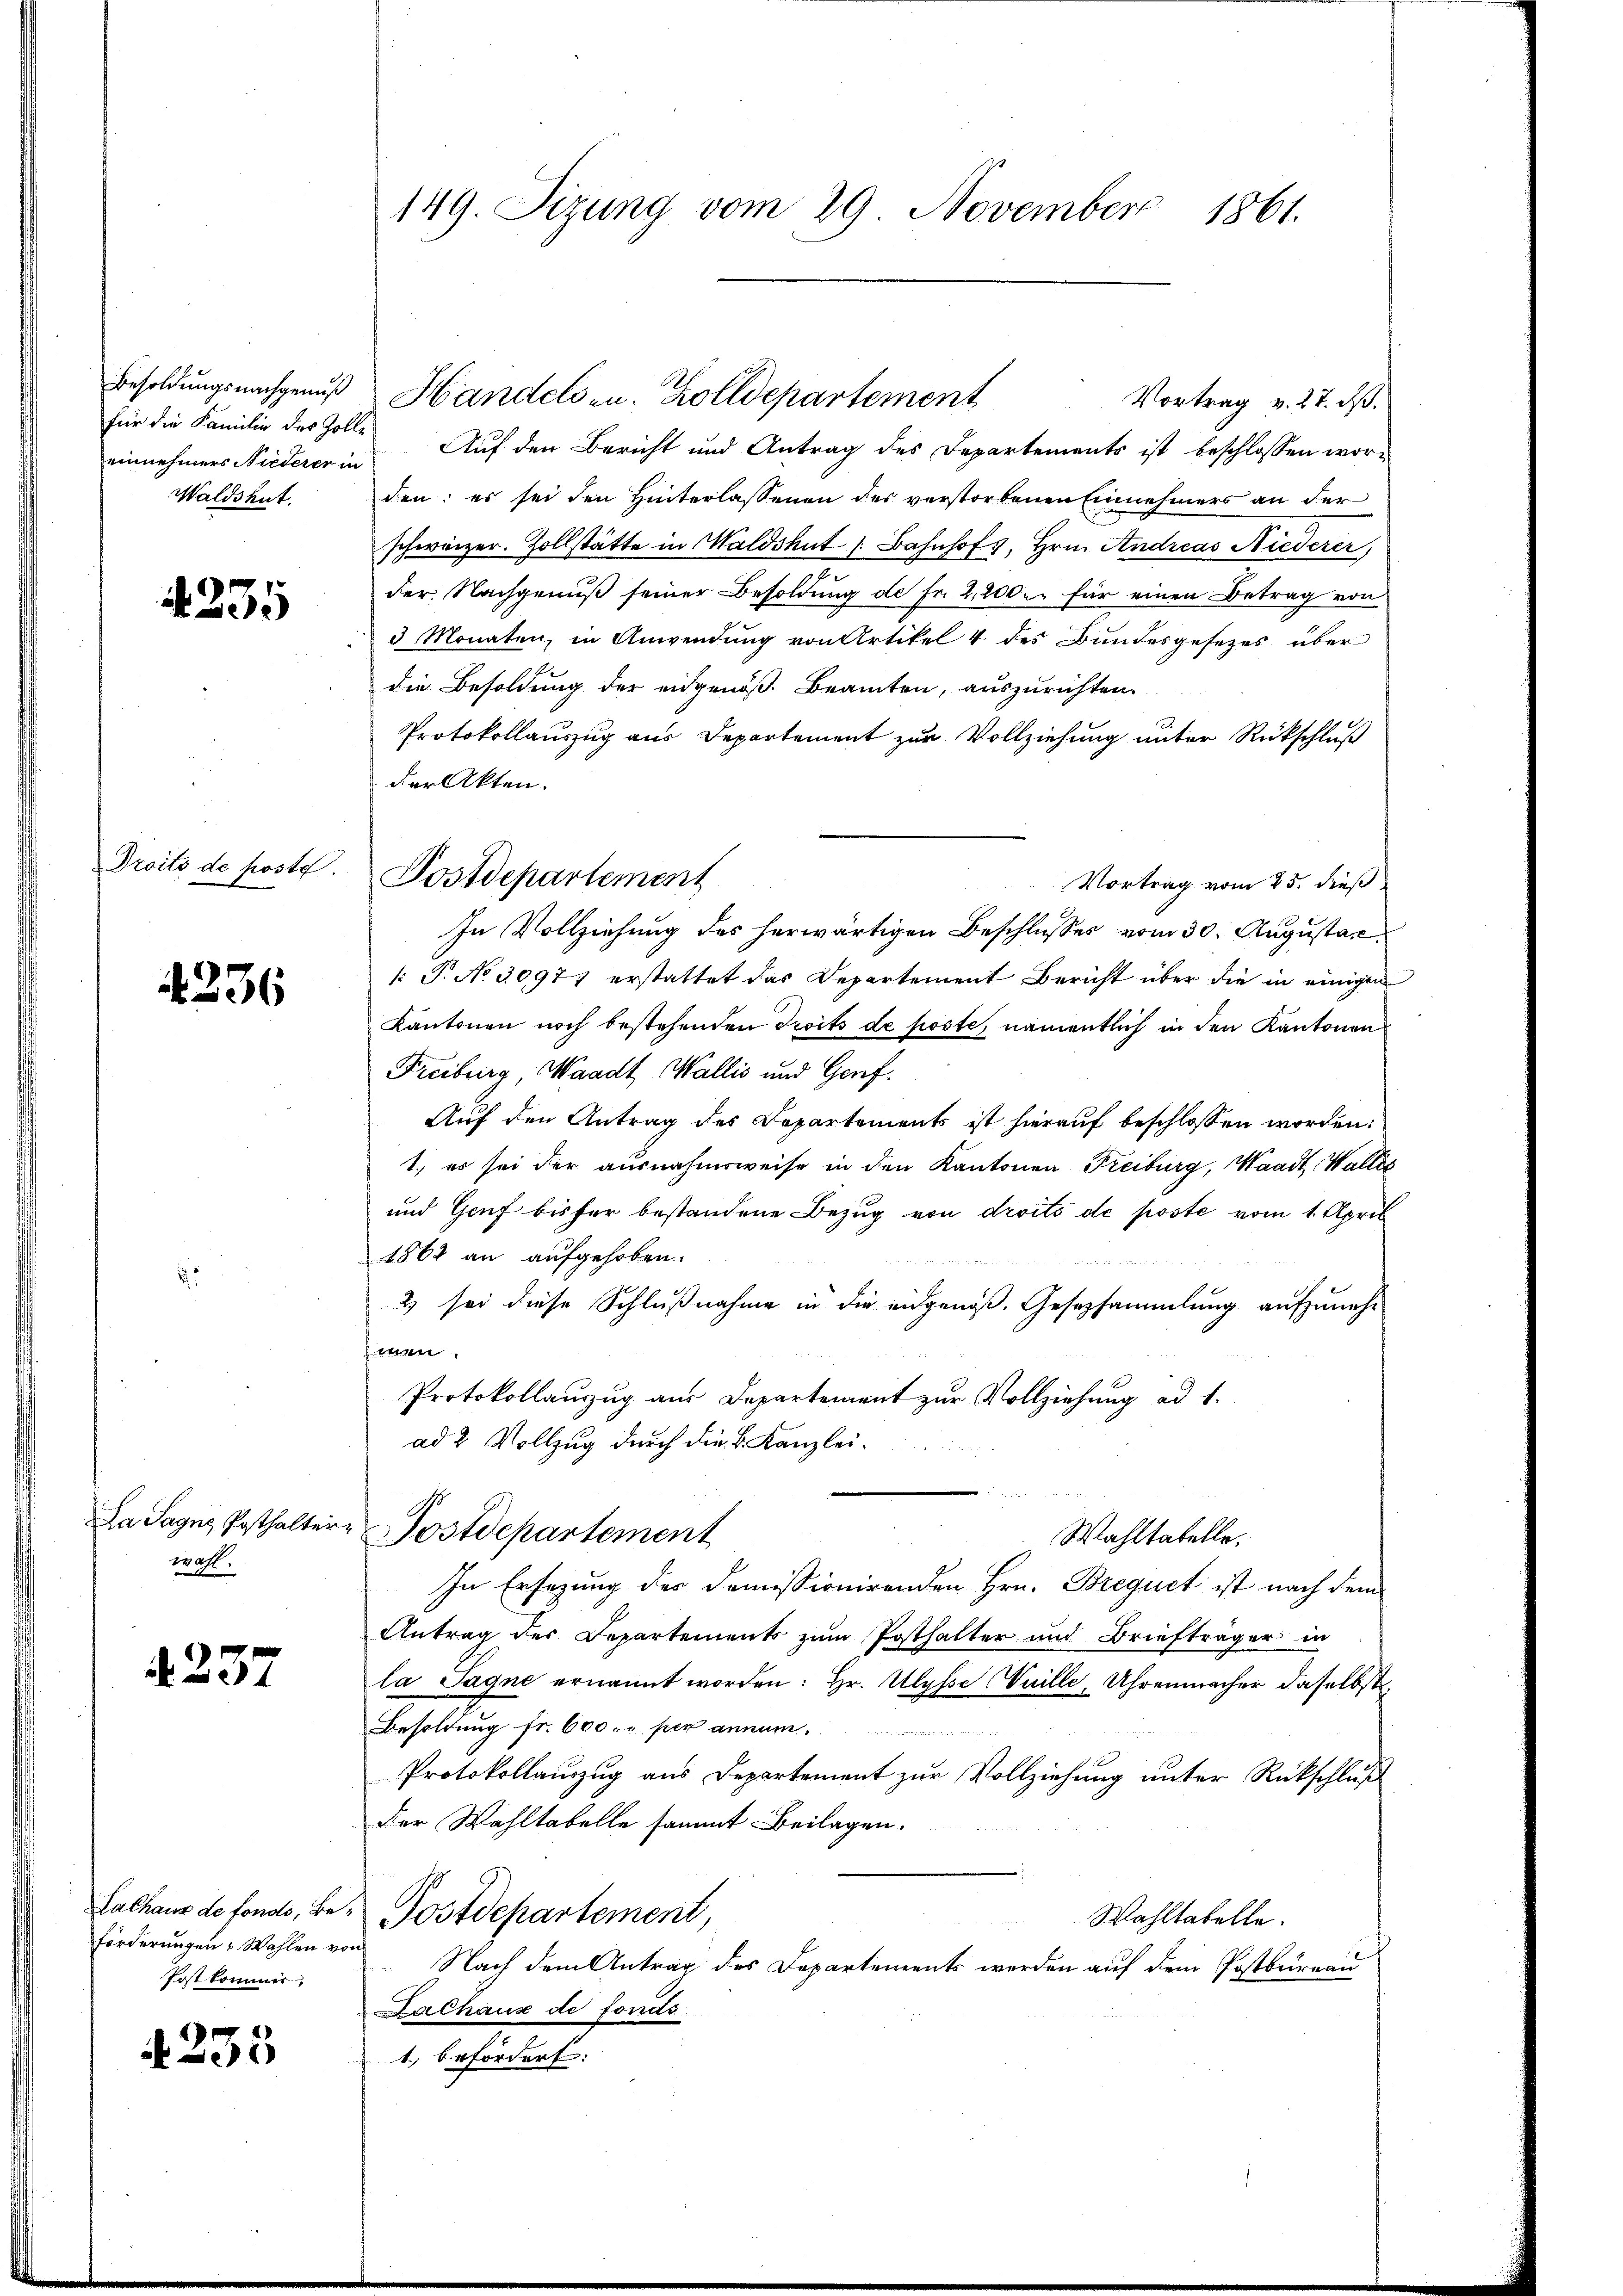
Besoldungsnachgenuß
einnehmers Niederer in
Waldshut.

4255

Droits de posto.

4236

2

Da Sagus Posthalter
wahl.

4237

Lalhaus de fondo, Beförderungen Wahlen vor
Post kommer,

235

149. Sizung vom 29. November 1861.

Vortrag v. 27. ds.
für die Familie des Zolle Auf den Bericht und Antrag des Departements ist beschlossen worden: es sei den Hinterlassenen des verstorbenen Einnehmers an der
schweizer. Zollstätte in Waldshut [Bahnhof, Hrn. Andreas Niederer
der Nachgenuß seiner Besoldung de Fr. 2,200. für einen Betrag von
3 Monaten, in Anwendŭng von Artikel 4 des Bundesgesetzes über
die Besoldung der eidgenöß. Beamten, auszurichten
Protokollauszug aus Departement zur Vollziehung unter Rückschluß
der Akten.
Vortrag vom 25. dieß
In Vollziehung des herwärtigen Beschlusses vom 30. Augustan
[: P. No 30977 erstattet das Departement Bericht über die in einigen
Kantonen noch bestehenden Troits de poste, namentlich in den Kantonen
Freiburg Waadt, Wallis und Genf.
Auf den Antrag des Departements ist hierauf beschlossen worden:
1., es sei der ausnahmsweise in den Kantonen Freiburg, Waadt, Wallis
und Genf bisher bestandene Bezug von droits de poste vom 1. April
1862 an aufgehoben.
2 sei diese Schlußnahme in die eidgenoß. Gesetzsammlung aufzunehmen.
Protokollauszug aus Departement zur Vollziehung ad 1.
ad 2 Vollzug durch die k. Kanzlei¬
Postdepartement
Wahltatelle.
In Ersezung des demissionirenden Hrn. Brequet ist nach dem
Antrag der Departements zum Posthalter und Briefträger in
la Sagne ernannt worden: Hr. Ulysse Weille, Uhrenmacher daselbst
Besoldung fr. 600. „per annum.
Protokollauszug aus Departement zur Vollziehung unter Rückschluß
der Wahltabelle sammt Beilagen.
Postdepartement,
Wahltabelle.
Nach dem Antrag des Departements werden auf dem Postbureau
Zalhaus de fonds
1. befördert:

Postdepartement

Handels- u. Zolldepartement